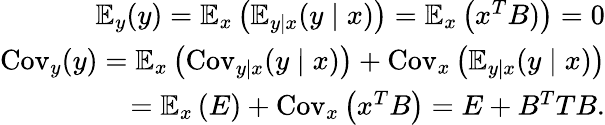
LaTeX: \begin{array}{r}{\mathbb{E}_{y}(y)=\mathbb{E}_{x}\left(\mathbb{E}_{y\mid x}(y\mid x)\right)=\mathbb{E}_{x}\left(x^{T}B)\right)=0}\\ {\operatorname{Cov}_{y}(y)=\mathbb{E}_{x}\left(\operatorname{Cov}_{y\mid x}(y\mid x)\right)+\operatorname{Cov}_{x}\left(\mathbb{E}_{y\mid x}(y\mid x)\right)}\\ {=\mathbb{E}_{x}\left(E\right)+\operatorname{Cov}_{x}\left(x^{T}B\right)=E+B^{T}TB.}\end{array}